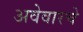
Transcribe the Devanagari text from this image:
अवेवारचे